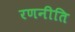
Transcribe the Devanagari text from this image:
रणनीति